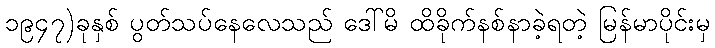
၁၉၄၇)ခုနှစ် ပွတ်သပ်နေလေသည် ဒေါ်မိ ထိခိုက်နစ်နာခဲ့ရတဲ့ မြန်မာပိုင်းမှ